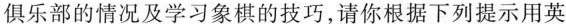
俱乐部的情况及学习象棋的技巧，请你根据下列提示用英